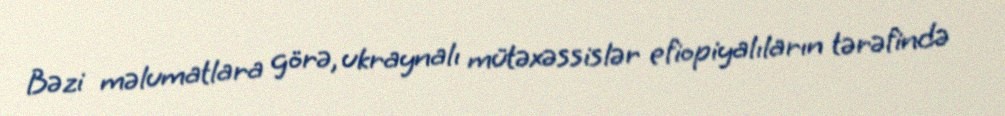
Bəzi məlumatlara görə, ukraynalı mütəxəssislər efiopiyalıların tərəfində